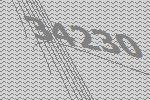
34230